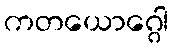
ကတယောဂ္ဂေါ